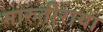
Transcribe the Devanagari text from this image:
मारुतीराया